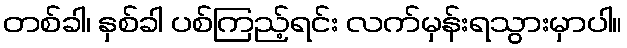
တစ်ခါ၊ နှစ်ခါ ပစ်ကြည့်ရင်း လက်မှန်းရသွားမှာပါ။